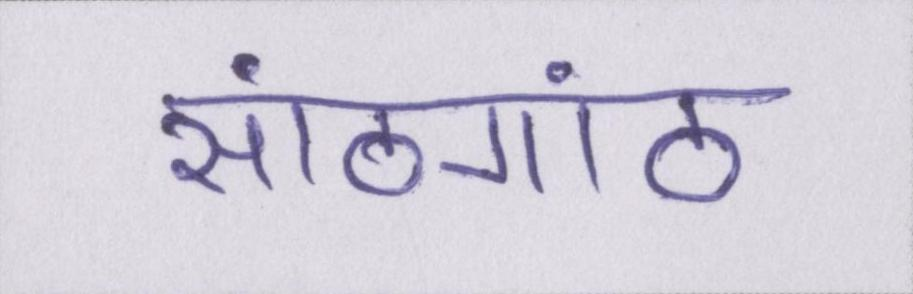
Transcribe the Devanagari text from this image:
सांठगांठ